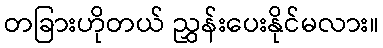
တခြားဟိုတယ် ညွှန်းပေးနိုင်မလား။